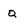
Character: Q